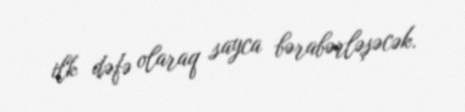
ilk dəfə olaraq sayca bərabərləşəcək.